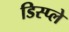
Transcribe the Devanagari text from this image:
डिस्‍प्‍ले